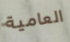
العامية